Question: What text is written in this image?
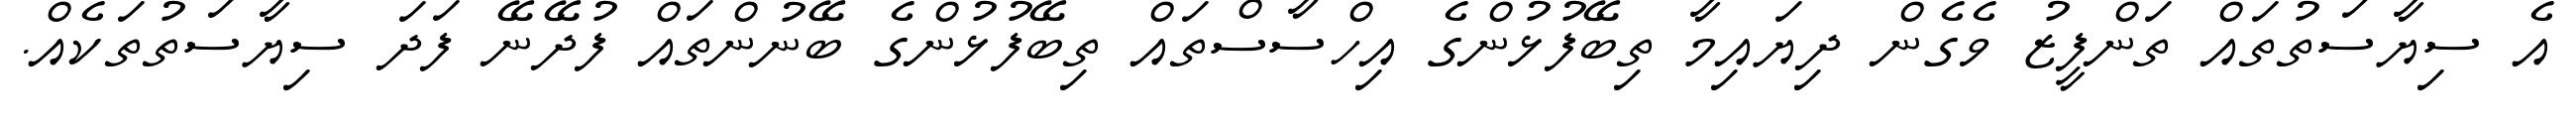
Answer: އެ ސިޔާސަތުތައް ތަންފީޒު ވެގެން ދިޔައިމާ ތިބޭފުޅުންގެ އިހްސާސްތައް ތިބޭފުޅުންގެ ބޭނުންތައް ފުދޭނޭ ފަދަ ސިޔާސަތުތަކެއް.